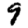
Digit: 9